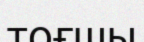
тоғшы